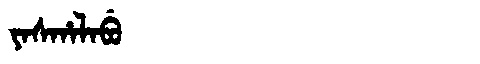
Manchu: ᠶᠠᠰᡥᠠᠯᠠᠪᡠ
Romanization: YASHALABU